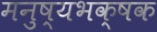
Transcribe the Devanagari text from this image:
मनुष्यभक्षक